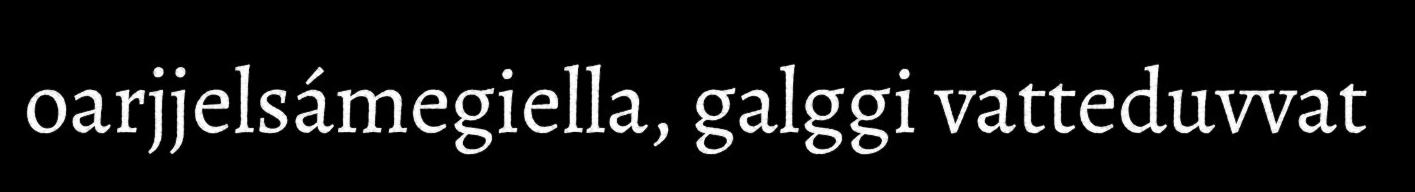
oarjjelsámegiella, galggi vatteduvvat